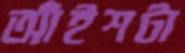
আঁইশটা